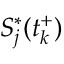
S _ { j } ^ { * } ( t _ { k } ^ { + } )